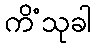
ကိံသုခါ